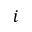
i